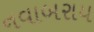
નવાબરાય